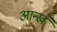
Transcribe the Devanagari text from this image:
आन्खे